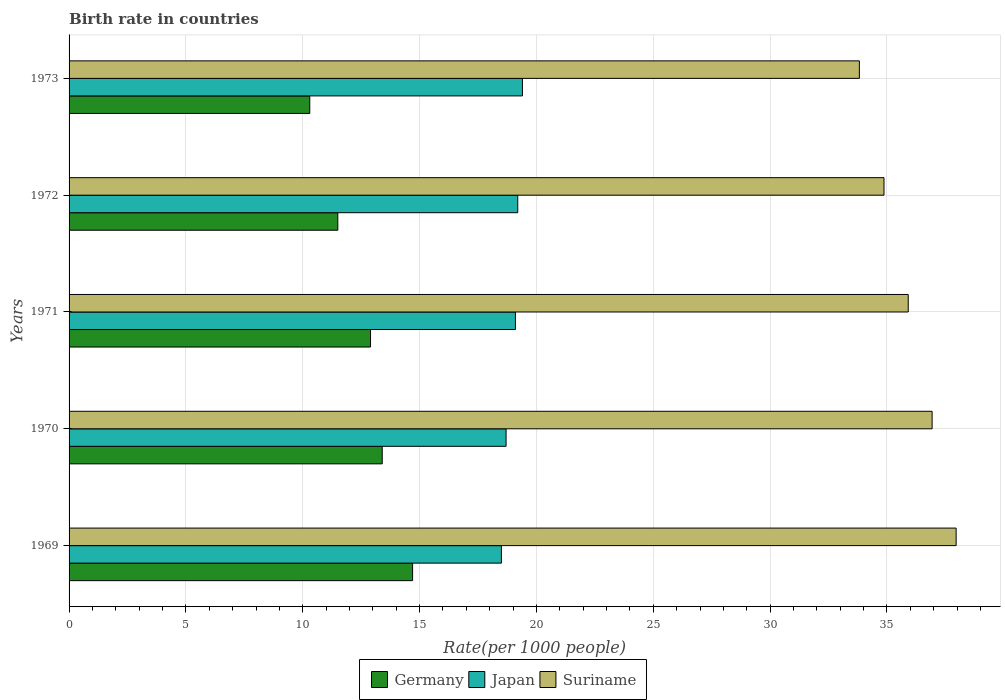
| Years | Germany | Japan | Suriname |
 | --- | --- | --- | --- |
 | 1969 | 14.7 | 18.5 | 38 |
 | 1970 | 13.4 | 18.7 | 36.9 |
 | 1971 | 12.9 | 19.1 | 35.9 |
 | 1972 | 11.5 | 19.2 | 34.9 |
 | 1973 | 10.3 | 19.4 | 33.8 |